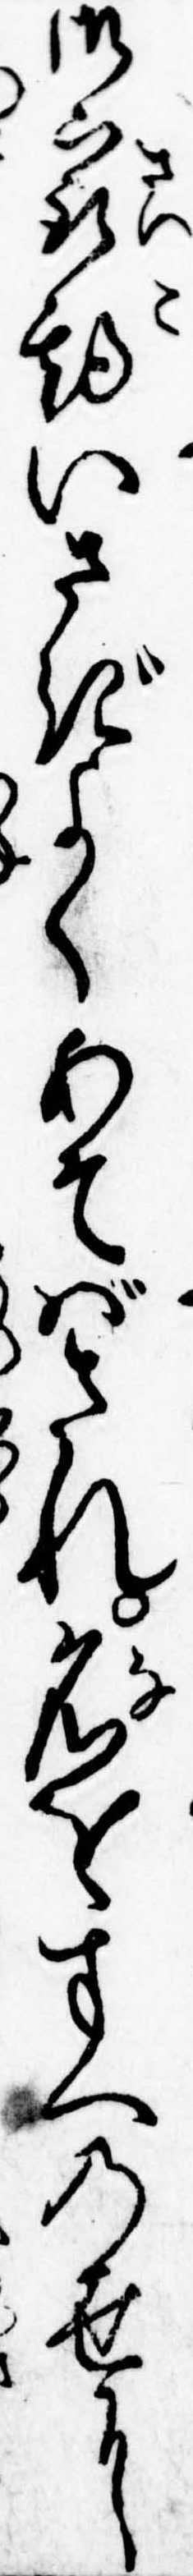
御最後いさぎよくあそばされ名をすへの世に